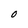
Character: O